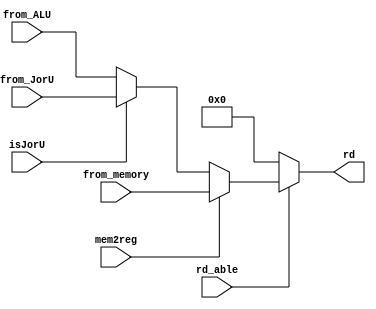
module rdMux(
	input rd_able, mem2reg, isJorU,
	input [31:0] from_ALU, from_JorU, from_memory,	
	output reg [31:0] rd
);
initial
	rd = 0;
always@(*)
begin
	if(rd_able)
		if(mem2reg)
            rd = from_memory;
        else if (isJorU)
            rd = from_JorU;
        else
            rd = from_ALU;
	else
		rd = 0;
end
endmodule

module RegFile(
    input clk, rst, rs1_able, rs2_able, rd_able, reg_w,
    input  [4:0]  rs1_addr, rs2_addr,rd_addr,
    input  [31:0] rd_data,
    output [31:0] rs1_data, rs2_data

);
reg [31:0] register [31:0];
integer i;
initial begin
	for(i = 0; i < 32; i = i + 1)
		register[i] = 32'd0;
end

//read register
assign rs1_data = rs1_able? register[rs1_addr] : 0; 
assign rs2_data = rs2_able? register[rs2_addr] : 0;

//write register
always @ (negedge clk or posedge rst) begin 
		if (rst) 
			for (i=0;i<32;i=i+1)
				register[i] <= 0;
		else if (reg_w && rd_addr!=0)
			register[rd_addr] <= rd_data;
end
endmodule